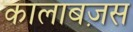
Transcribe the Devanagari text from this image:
कालाबज़स